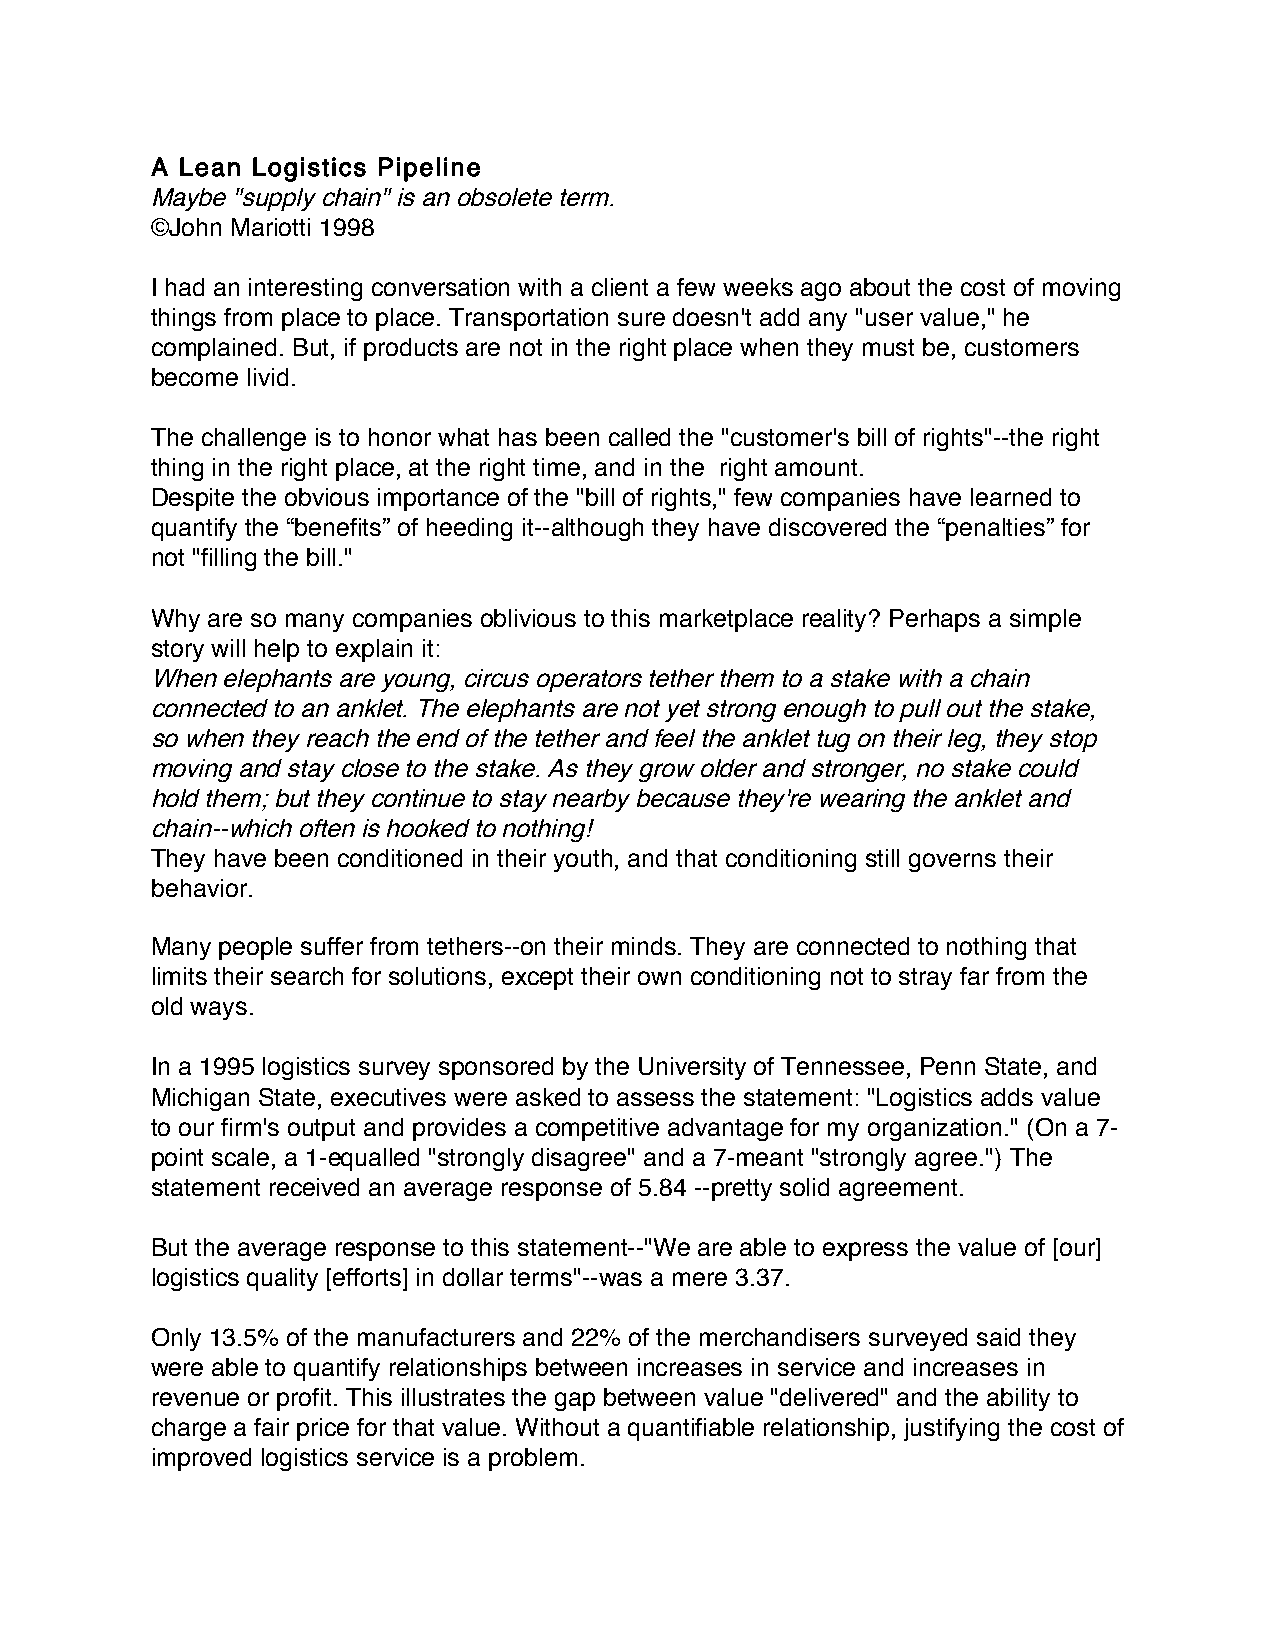
A Lean Logistics Pipeline
 Maybe "supply chain" is an obsolete term.
 ©John Mariotti 1998
 I had an interesting conversation with a client a few weeks ago about the cost of moving
 things from place to place. Transportation sure doesn't add any "user value," he
 complained. But, if products are not in the right place when they must be, customers
 become livid.
 The challenge is to honor what has been called the "customer's bill of rights"--the right
 thing in the right place, at the right time, and in the right amount.
 Despite the obvious importance of the "bill of rights," few companies have learned to
 quantify the “benefits” of heeding it--although they have discovered the “penalties” for
 not "filling the bill."
 Why are so many companies oblivious to this marketplace reality? Perhaps a simple
 story will help to explain it:
 When elephants are young, circus operators tether them to a stake with a chain
 connected to an anklet. The elephants are not yet strong enough to pull out the stake,
 so when they reach the end of the tether and feel the anklet tug on their leg, they stop
 moving and stay close to the stake. As they grow older and stronger, no stake could
 hold them; but they continue to stay nearby because they're wearing the anklet and
 chain--which often is hooked to nothing!
 They have been conditioned in their youth, and that conditioning still governs their
 behavior.
 Many people suffer from tethers--on their minds. They are connected to nothing that
 limits their search for solutions, except their own conditioning not to stray far from the
 old ways.
 In a 1995 logistics survey sponsored by the University of Tennessee, Penn State, and
 Michigan State, executives were asked to assess the statement: "Logistics adds value
 to our firm's output and provides a competitive advantage for my organization." (On a 7-
 point scale, a 1-equalled "strongly disagree" and a 7-meant "strongly agree.") The
 statement received an average response of 5.84 --pretty solid agreement.
 But the average response to this statement--"We are able to express the value of [our]
 logistics quality [efforts] in dollar terms"--was a mere 3.37.
 Only 13.5% of the manufacturers and 22% of the merchandisers surveyed said they
 were able to quantify relationships between increases in service and increases in
 revenue or profit. This illustrates the gap between value "delivered" and the ability to
 charge a fair price for that value. Without a quantifiable relationship, justifying the cost of
 improved logistics service is a problem.